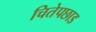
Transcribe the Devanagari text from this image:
चितेपछाड